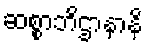
ဆစ္စာဘိဌာနာနိ